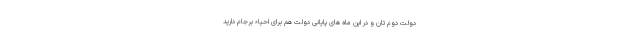
دولت دوم تان و در این ماه های پایانی دولت هم برای احیاء برجام دارید